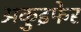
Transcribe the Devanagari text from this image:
अकुइफेर